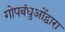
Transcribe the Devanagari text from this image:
गोपबंधुओंद्वारा